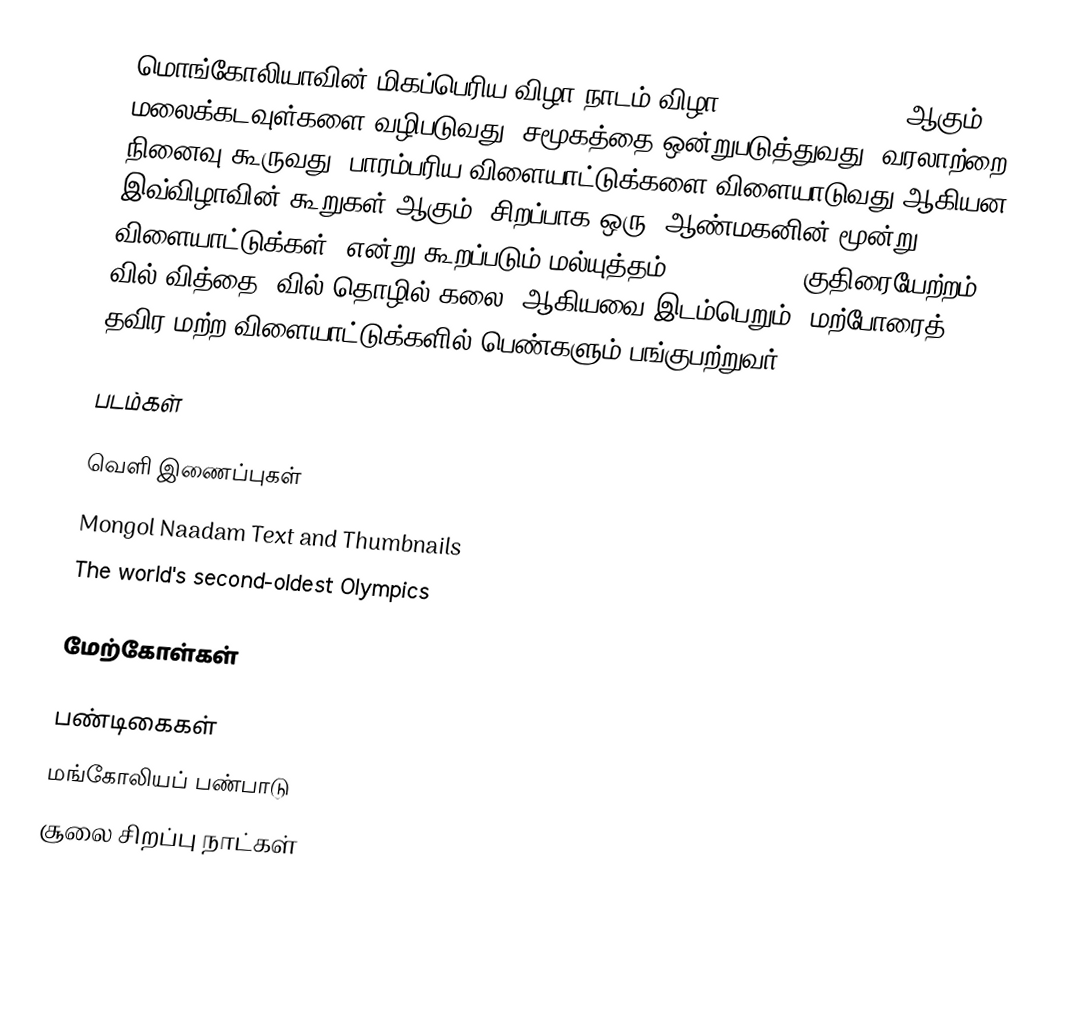
மொங்கோலியாவின் மிகப்பெரிய விழா நாடம் விழா (Naadam festival) ஆகும். மலைக்கடவுள்களை வழிபடுவது, சமூகத்தை ஒன்றுபடுத்துவது, வரலாற்றை நினைவு கூருவது, பாரம்பரிய விளையாட்டுக்களை விளையாடுவது ஆகியன இவ்விழாவின் கூறுகள் ஆகும். சிறப்பாக ஒரு "ஆண்மகனின் மூன்று விளையாட்டுக்கள்" என்று கூறப்படும் மல்யுத்தம் (wrestling), குதிரையேற்றம், வில் வித்தை (வில் தொழில் கலை) ஆகியவை இடம்பெறும். மற்போரைத் தவிர மற்ற விளையாட்டுக்களில் பெண்களும் பங்குபற்றுவர்.

படம்கள்

வெளி இணைப்புகள்
 Mongol Naadam Text and Thumbnails
 The world's second-oldest Olympics

மேற்கோள்கள்

பண்டிகைகள்
மங்கோலியப் பண்பாடு
சூலை சிறப்பு நாட்கள்